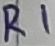
Text: R1